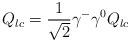
LaTeX: \begin{align*}Q_{lc}=\frac{1}{\sqrt 2}\gamma^-\gamma^0 Q_{lc} \end{align*}